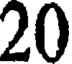
20